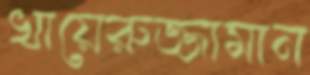
খায়েরুজ্জামান